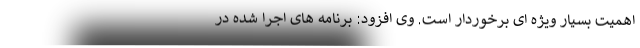
اهمیت بسیار ویژه ای برخوردار است. وی افزود: برنامه های اجرا شده در